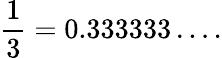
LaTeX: {\frac{1}{3}}=0.333333\ldots.